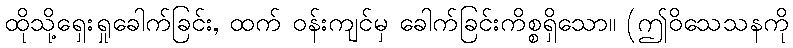
ထိုသို့ရှေးရှုခေါက်ခြင်း, ထက် ဝန်းကျင်မှ ခေါက်ခြင်းကိစ္စရှိသော။ (ဤဝိသေသနကို